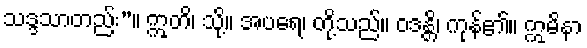
သဒ္ဒသာတည်း”။ ဣတိ၊ သို့။ အပရေ၊ တို့သည်။ ဝဒန္တိ၊ ကုန်၏။ ဣမိနာ